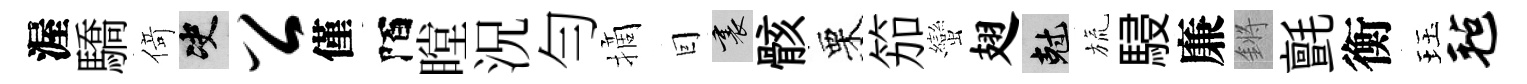
渥驕𠋣决公僅陌瞠況勻摘囙裏骸栗笳蠻翅剋旒駸廉鏘氈衡珏毡